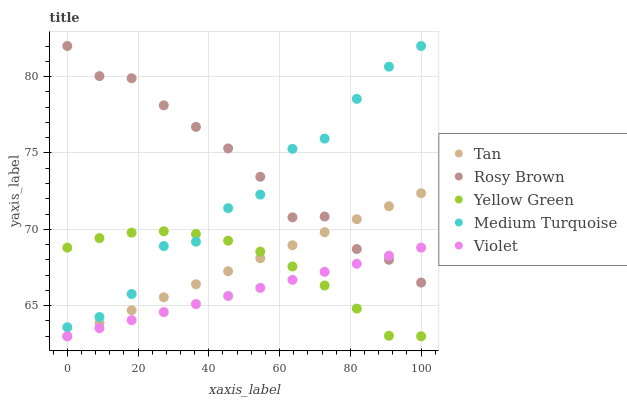
| xaxis_label | Tan | Rosy Brown | Yellow Green | Medium Turquoise | Violet |
 | --- | --- | --- | --- | --- | --- |
 | 0 | 63 | 82 | 68.8 | 63.6 | 63 |
 | 9.09 | 63.9 | 80 | 69.4 | 64.3 | 63.5 |
 | 18.2 | 64.7 | 79.9 | 69.8 | 65.8 | 64.1 |
 | 27.3 | 65.6 | 78.1 | 69.9 | 68.9 | 64.6 |
 | 36.4 | 66.4 | 76.7 | 69.7 | 69.2 | 65.1 |
 | 45.5 | 67.3 | 75.3 | 69.3 | 71.4 | 65.6 |
 | 54.5 | 68.1 | 73.4 | 68.5 | 72.3 | 66.2 |
 | 63.6 | 69 | 70.8 | 67.6 | 75.3 | 66.7 |
 | 72.7 | 69.8 | 70.8 | 66.3 | 75.9 | 67.2 |
 | 81.8 | 70.7 | 68.7 | 64.8 | 78.5 | 67.7 |
 | 90.9 | 71.5 | 68 | 63 | 80.6 | 68.3 |
 | 100 | 72.4 | 66.5 | 63 | 82 | 68.8 |